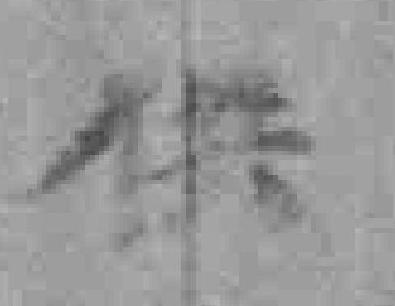
供